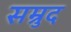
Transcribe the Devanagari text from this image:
सम्रुद